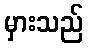
မှားသည်